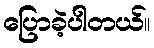
ပြောခဲ့ပါတယ်။